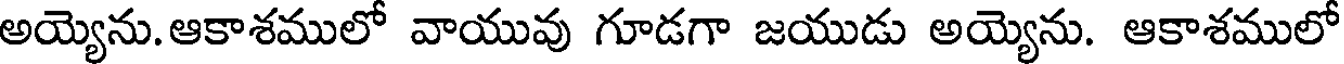
అయ్యెను. ఆకాశములో వాయువు గూడగా జయుడు అయ్యెను. ఆకాశములో